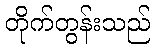
တိုက်တွန်းသည်